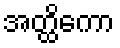
အတ္ထိကော